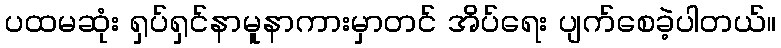
ပထမဆုံး ရှပ်ရှင်နာမူနာကားမှာတင် အိပ်ရေး ပျက်စေခဲ့ပါတယ်။